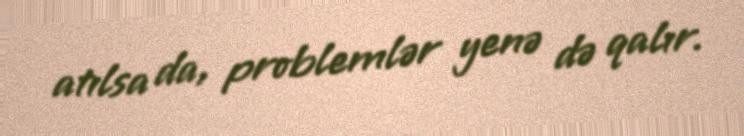
atılsa da, problemlər yenə də qalır.